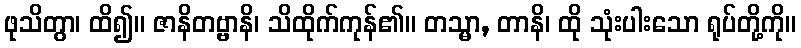
ဖုသိတွာ၊ ထိ၍။ ဇာနိတဗ္ဗာနိ၊ သိထိုက်ကုန်၏။ တသ္မာ, တာနိ၊ ထို သုံးပါးသော ရုပ်တို့ကို။